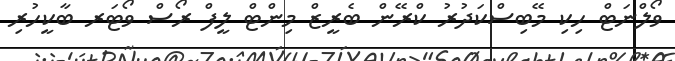
ވޯލްނަޓް ހިކި މޭބިސްކަދުރު ކްރޭން ބެރީޒް މިންޓް ލީފް ރޯސް ވޯޓަރ ބާކީހުރި